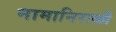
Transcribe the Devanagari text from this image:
नामानिराळी